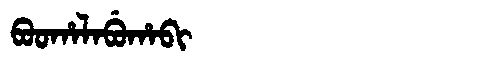
Manchu: ᠪᠣᠣᡥᠠᠯᠠᠪᡠᡥᠠᠪᡳ
Romanization: BOOHALABUHABI